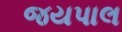
જયપાલ